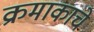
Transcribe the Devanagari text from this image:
क्रमाकाचे